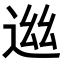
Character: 𨓁